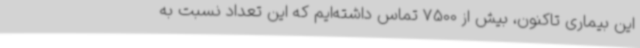
این بیماری تاکنون، بیش از 7500 تماس داشته‌ایم که این تعداد نسبت به